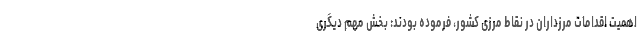
اهمیت اقدامات مرزداران در نقاط مرزی کشور، فرموده بودند: بخش مهم دیگری